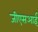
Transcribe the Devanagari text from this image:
जीएसआई